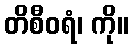
တိစီဝရံ၊ ကို။